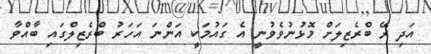
އަދި ރޭ ބްރެޒިލަށް މޮޅުނުވެވުނީ އެ ގައުމަކީ އަންނަ އަހަރު ބްރެޒިލްގައި ބާއްވާ